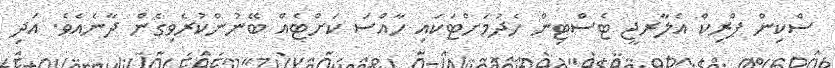
ސްކިން ޕްރިކް އެލާރޖީ ޓެސްޓިން ހެދުމަށްޓަކައި ހާއްސަ ކަށްޓެއް ބޭނުންކުރެވިގެން ދާނެއެވެ. އަދި